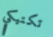
تكتيكي